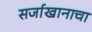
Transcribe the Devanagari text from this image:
सर्जाखानाचा